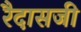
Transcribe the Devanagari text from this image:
रैदासजी